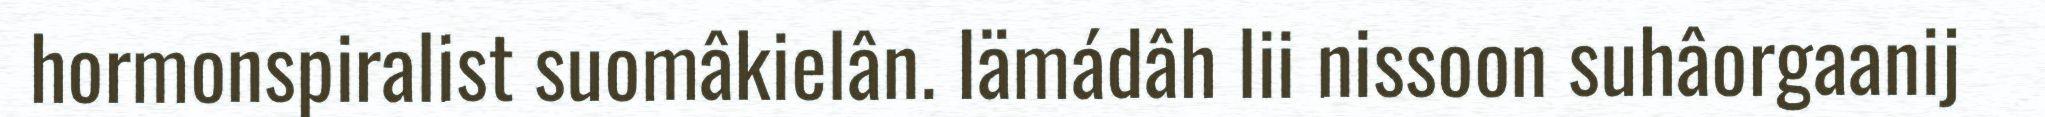
hormonspiralist suomâkielân. Iämádâh lii nissoon suhâorgaanij